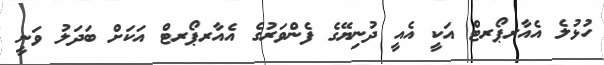
ހުޅުލެ އެއާރޕޯރޓް އަކީ އެއީ ދުނިޔޭގެ ފެންވަރުގެ އެއާރޕޯރޓް އަކަށް ބަދަލު ވަނީ